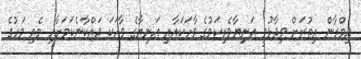
އިމްރާން އިތުރަށް ވިދާޅުވީ އަނިިޔާވެރިކަމުގެ ވާހަކައާއި އަނިޔާގެ ވާހަކަ ދައްކާނެކަމަށާއި މެއި މަހުގެ